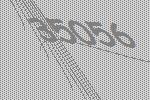
35056